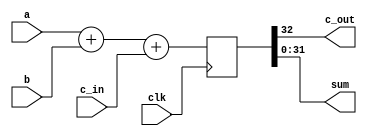
`timescale 1ns / 1ps
//////////////////////////////////////////////////////////////////////////////////
// Company: 
// Engineer: 
// 
// Design Name: 
// Module Name:    Verification_Reg 
// Project Name: 
// Target Devices: 
// Tool versions: 
// Description: 
//
// Dependencies: 
//
// Revision: 
// Revision 0.01 - File Created
// Additional Comments: 
//
//////////////////////////////////////////////////////////////////////////////////
module Verification_Reg(c_out, sum, a, b, c_in, clk);

	parameter W = 32;

	input	[W-1:0] a, b; //declare inputs a, b, and c_in, one bit each
	input c_in;
	input clk;
	output c_out; //declare outputs c_out and sum, one bit each
	output [W-1:0]	sum;
	
	reg [W:0] w;

	assign {c_out, sum} = w;
	
	always@(posedge clk)
		begin
		w <= a + b + c_in;
		end

endmodule